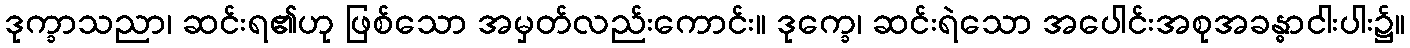
ဒုက္ခာသညာ၊ ဆင်းရ၏ဟု ဖြစ်သော အမှတ်လည်းကောင်း။ ဒုက္ခေ၊ ဆင်းရဲသော အပေါင်းအစုအခန္ဓာငါးပါး၌။